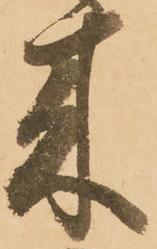
来